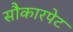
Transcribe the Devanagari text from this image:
सौकारपेट